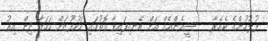
ފުލުހުންގެ ކެމެރާ--- ސީއެންއެމް އަށް އެނގިފައިވާ ގޮތުގައި މަހުފޫޒަށް ހަމަލާ ދިން އިރު